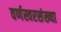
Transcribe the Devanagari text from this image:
वर्णस्वरसंख्या